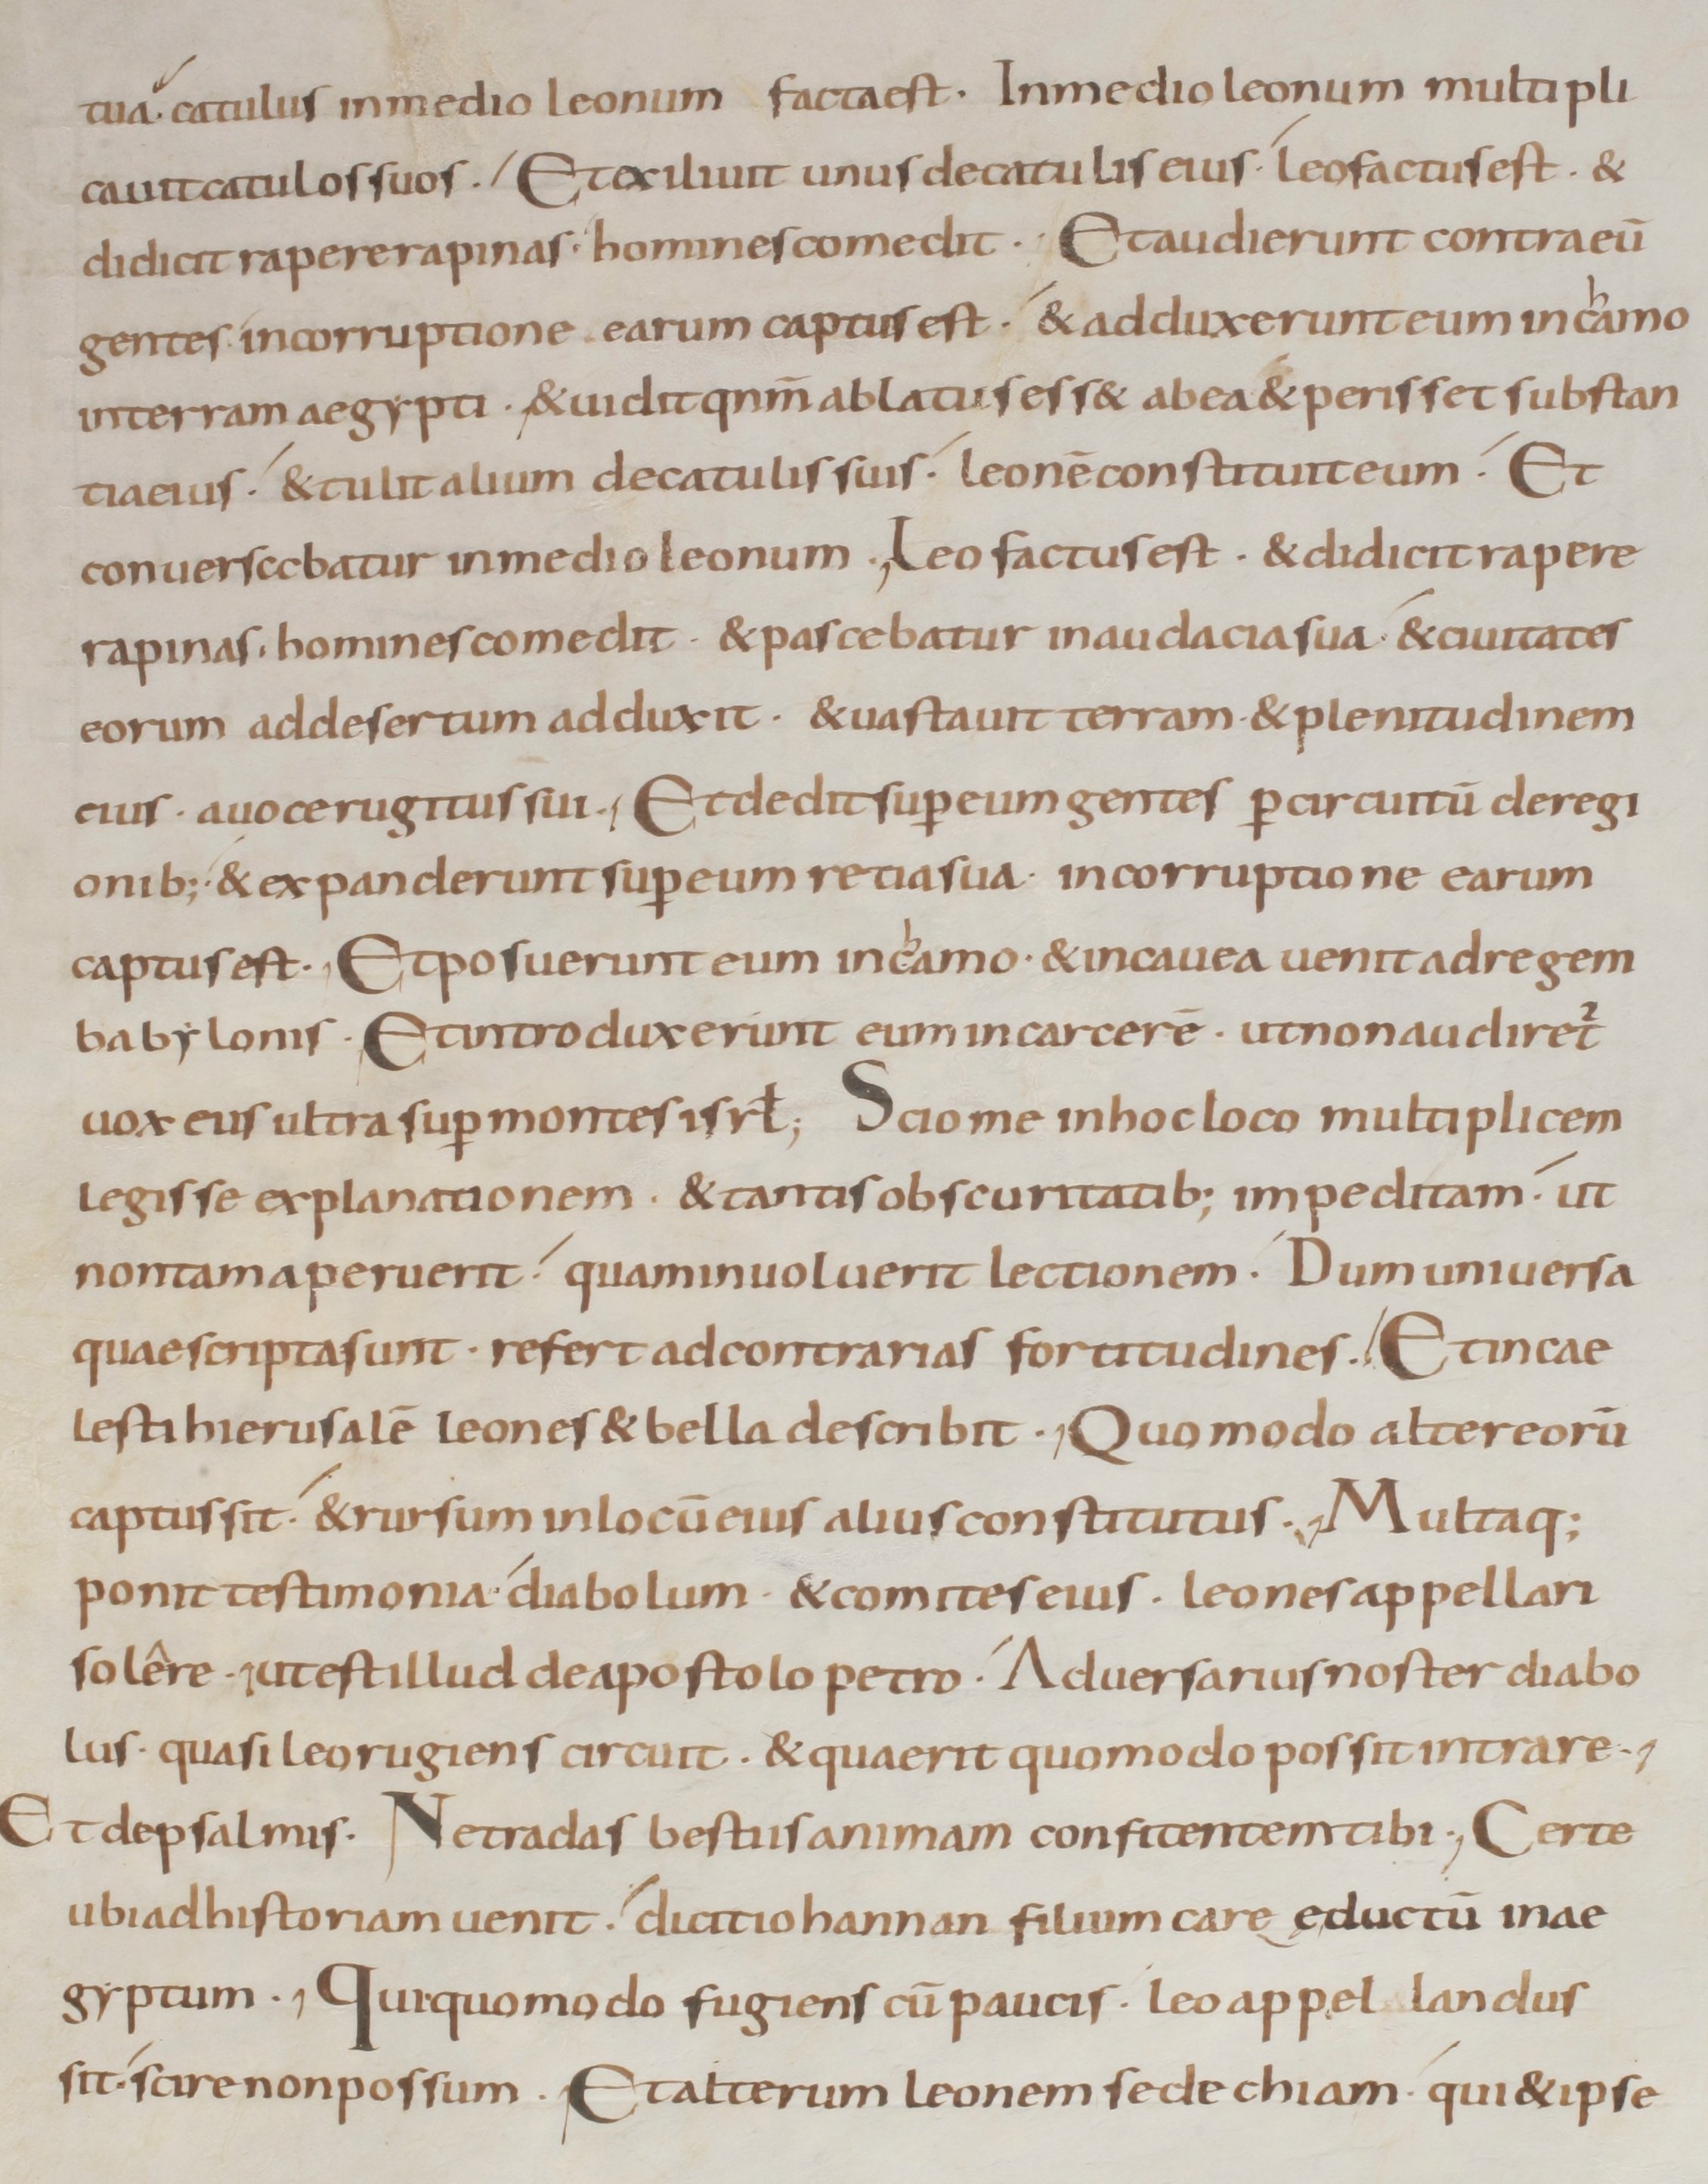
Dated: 800–899